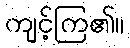
ကျင့်ကြ၏။